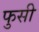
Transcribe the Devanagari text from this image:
फुसी